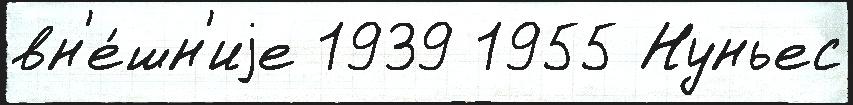
вн'е́шн'иjе 1939 1955 Нуньес